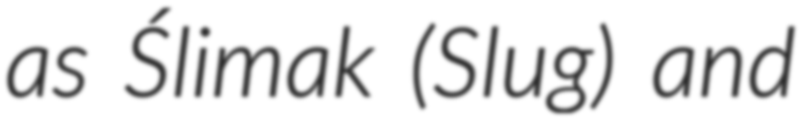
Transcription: as Ślimak (Slug) and